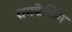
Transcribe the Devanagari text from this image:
रामकेलिंग